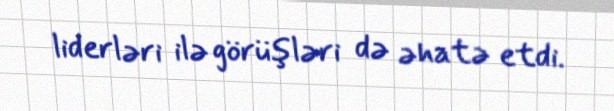
liderləri ilə görüşləri də əhatə etdi.